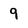
Character: 9